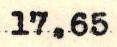
17.65